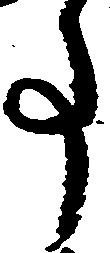
事